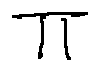
\pi